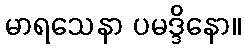
မာရသေနာ ပမဒ္ဒိနော။